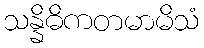
သန္နိဓိကတမာမိသံ